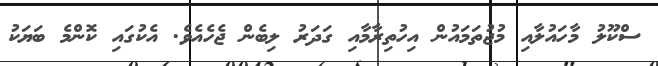
ސްކޫލު މާހައުލާއި މުޖުތަމައުން އިހުތިރާމާއި ގަދަރު ލިބެން ޖެހެއެވެ. އެކުގައި ކޮންމެ ބަޔަކު